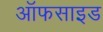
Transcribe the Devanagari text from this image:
ऑफसाइड